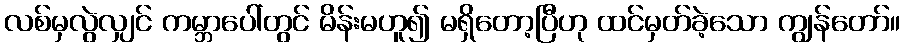
လစ်မှလွဲလျှင် ကမ္ဘာပေါ်တွင် မိန်းမဟူ၍ မရှိတော့ပြီဟု ထင်မှတ်ခဲ့သော ကျွန်တော်။